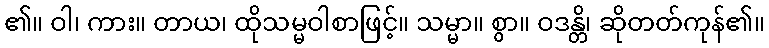
၏။ ဝါ၊ ကား။ တာယ၊ ထိုသမ္မဝါစာဖြင့်။ သမ္မာ။ စွာ။ ဝဒန္တိ၊ ဆိုတတ်ကုန်၏။